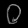
Digit: ၀